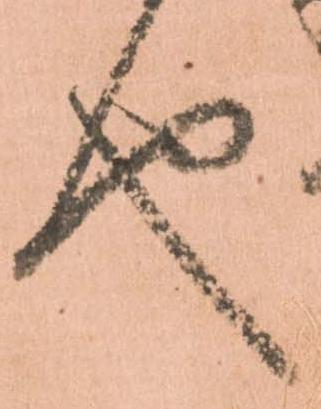
也